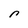
Character: r